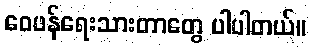
ဝေဖန်ရေးသားတာတွေ ပါပါတယ်။